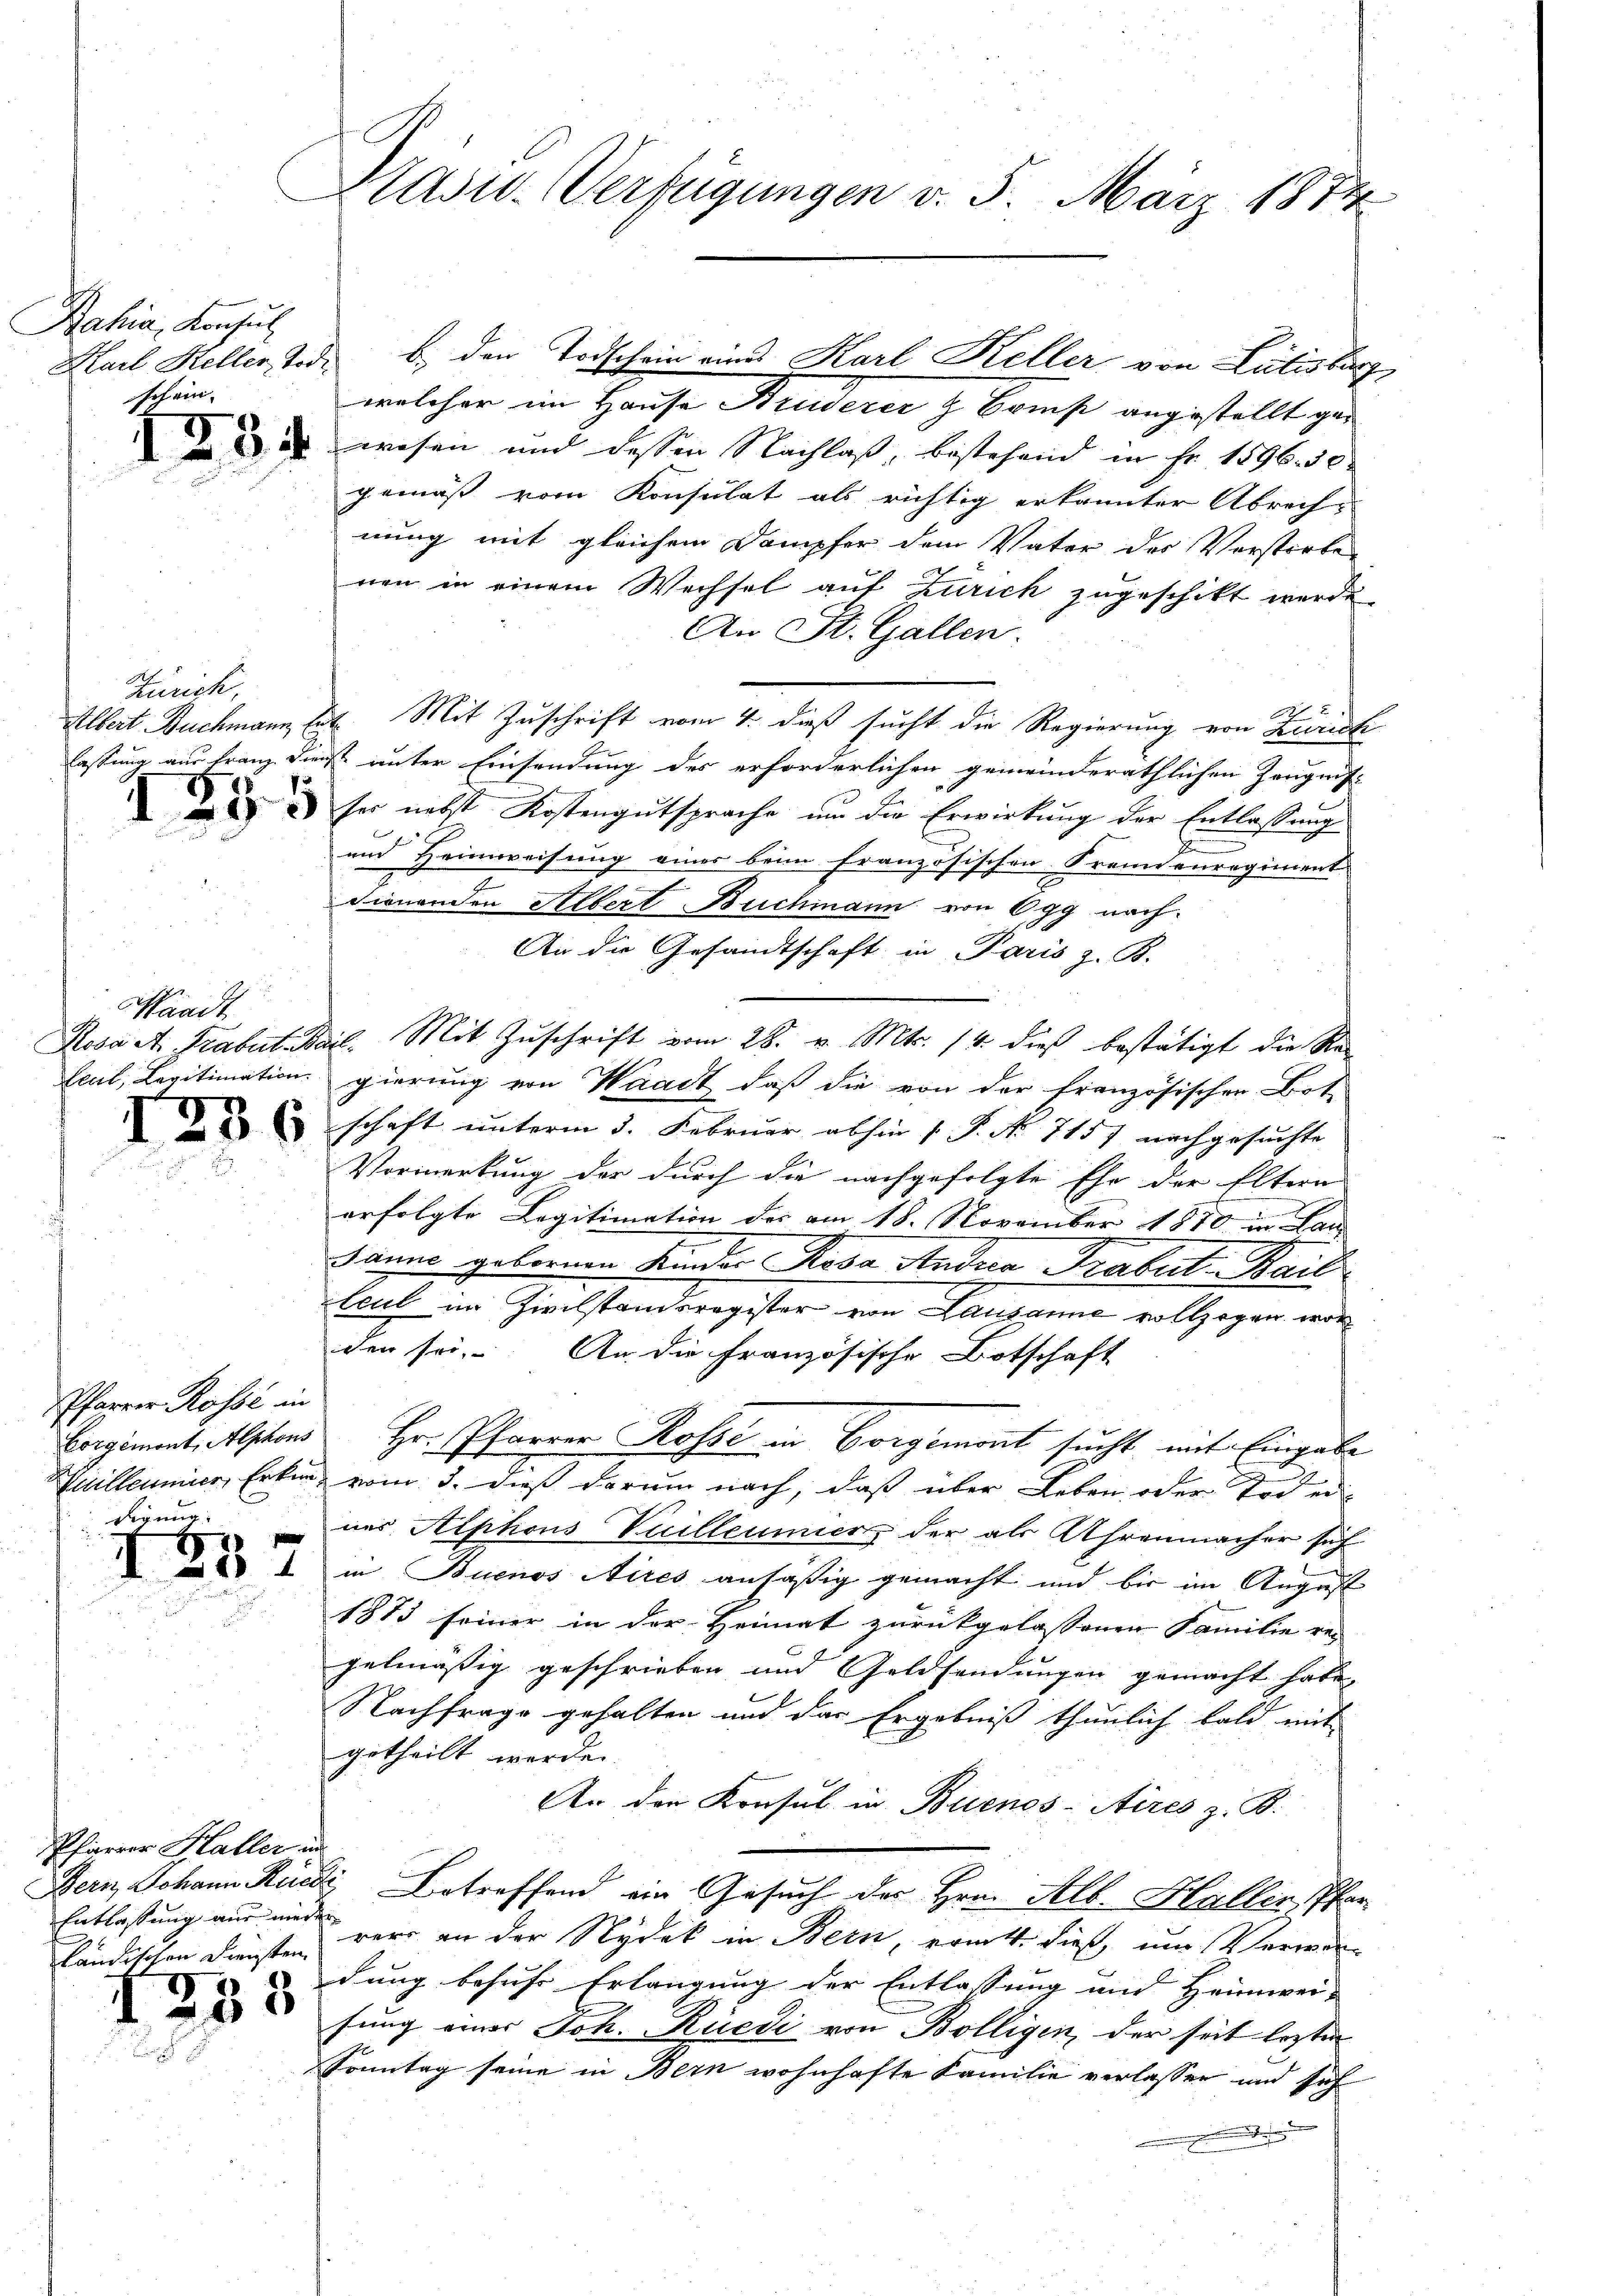
Bahia, Konsul
schein.

Zürich.
lassung aus Franz Dien

7
35

Waadt
Leul, Legitimation

Pfarrer Rosse in
Vorgemont, Alphons
nillemmier, Erkundigung:

88

Pfarrer Haller in
Entlassung aus wiede
ländischen Diensten

233

Präsid. Verfügungen v. 5. März 1872

Karl Keller Tode b. den Todschein eines Karl Keller von Lilisburg
welcher im Hause Bruderer & Comp angestellt ge
 wesen und dessen Nachlaß, bestehend in Fr. 1596. 30.
gemäß vom Konsulat als richtig erkannter Abrech-
nung mit gleichem Dampfer dem Vater der Verstorben
nen in einem Wechsel auf Zürich zugeschikt werde.
An St. Gallen.
A
Albert Buchmann, hat. Mit Zuschrift vom 4. dieß sucht die Regierung von Zürich
ist unter Einsendung des erforderlichen gemeinderäthlichen Zeugnis
ses nebst Kostengutsprache um die Erwirkung der Entlassung
und Heimweisung einer beim französischen Fremdenregiment
dienenden Albert Buchmann von Egg nach
An die Gesandtschaft in Paris z. B.
Rosa A. Trabatail. Mit Zŭschrift vom 28. v. Mts. 14. dies bestätigt die Re-
gierung von Waadt, daß die von der französischen Bot
schaft unterm 3. Februar abhin 1. P. No 7157 nachgesuchte
Vormerkung der durch die nachgefolgte Ehe der Eltern
erfolgte Legitimation der am 18. November 1870 in Lau
Janne gebornen Kinder Rosa Andrea Trabut-Bail
lcul im Zivilstandsregister von Lausanne vollzogen wor
den sei. An die Französische Botschaft
Hr. Pfarrer Rosse in Vorgemont sucht mit Eingabe
vom 3. dieß darum nach, daß über Leben oder Tod er
nes Alphons Vuilleumier der als Ahrenmacher sich
in Buenos Aires anfäßig gemacht und bis im August
1873 seiner in der Heimat zurückgelassenen Familie re-
gelmäßig geschrieben und Geldsendungen gemacht habe,
Nachfrage gehalten und das Ergebniß thunlich bald mit
getheilt werde.
An der Konsul in Buenos-Aires z. B.
Bern Johann Rüedi Betreffend ein Gesuch des Hrn. Alb. Haller, Pfarrers an der Nydek in Bern, ermitt. dieß, um Verwendung besuche Erlangung der Entlassung und Heimwei-
fung einer Joh. Rüedi von Bolligen, der seit lezten
Sonntag seine in Bern wohnhafte Familie verlassen und sich
.